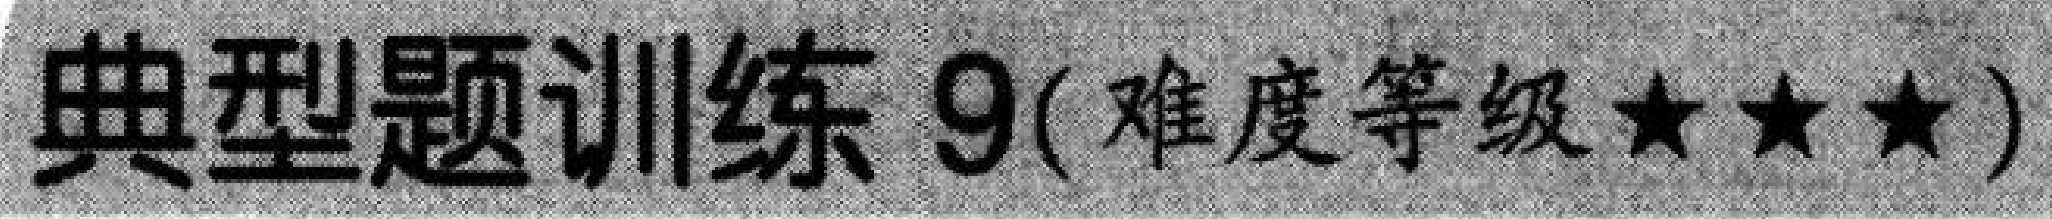
典型题训练 9(难度等级★★★)